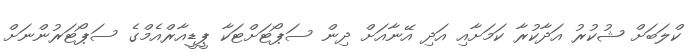
ކްލަބަށް ޝުކުރު އަދާކުރާ ކަމަށާއި އަދި އޭނާއަށް ދިން ސަޕޯޓަށްޓަކާ ޕީޑީއާރްއެމްގެ ސަޕޯޓަރުންނަށް